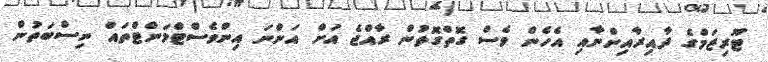
ޓޫރިޒަމްގެ ދާއިރާއިންނާއި އެހެން ވެސް ގޮތްގޮތުން ރާއްޖެ އަށް އަންނަ އިންވެސްޓްމަންޓްތައް ނިސްބަތުން